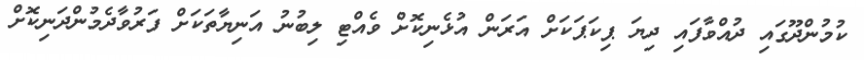
ކުމުންދޫގައި ދުއްވާފައި ދިޔަ ޕިކަޕަކަށް އަރަން އުޅެނިކޮށް ވެއްޓި ލިބުނު އަނިޔާތަކަށް ފަރުވާދެމުންދަނިކޮށް